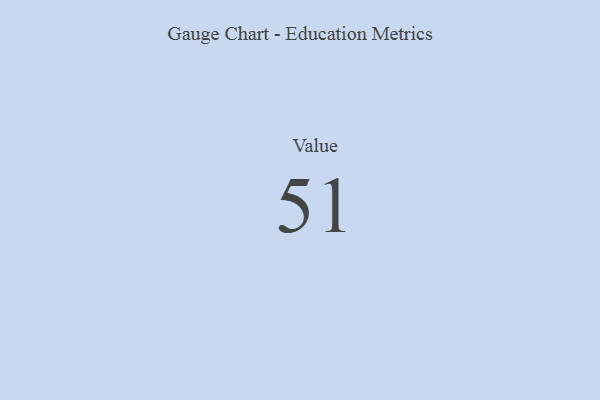
{"axis": {"x": "Metric", "y": "Value"}, "legend": [""], "data": [{"x": "Value", "y": 51, "type": ""}]}